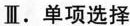
Ⅱ.单项选择